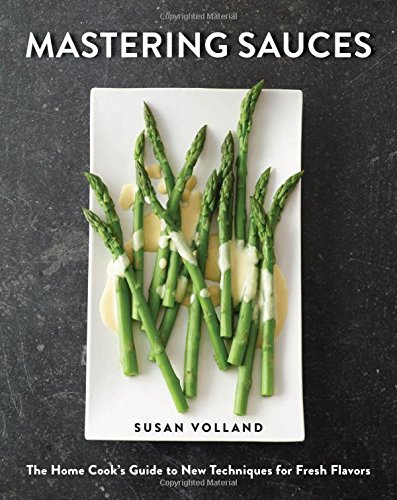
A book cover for Mastering Sauces: The Home Cook's Guide to New Techniques for Fresh Flavors; Susan Volland; Cookbooks, Food & Wine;